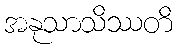
အနုသာသိဿတိ